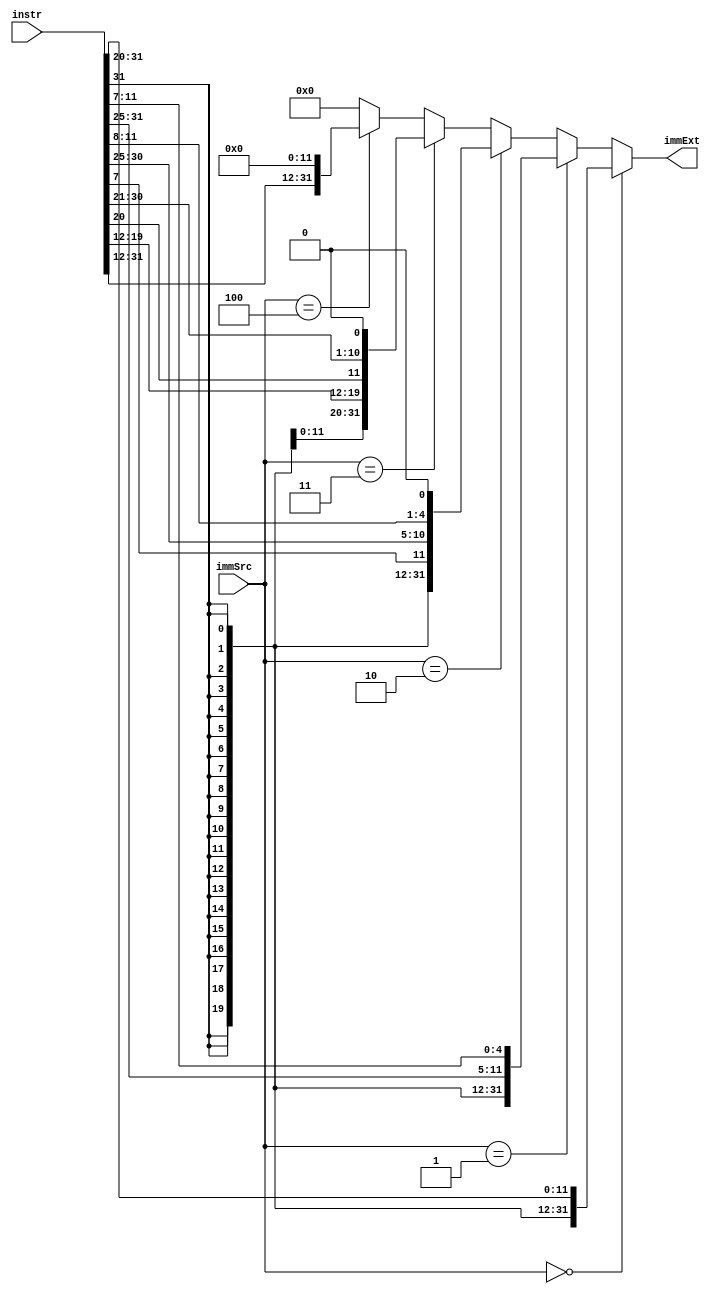
//----------------------------------------------------------------------------------------------------------
// 	
//	ABSTRACT:	Single-Cycle Processor Unit
// 	KEYWORDS:	fpga, basic modulesignal process
// 
// 	MODIFICATION HISTORY:
//	$Log$
//			Biggest_apple 		2023.8.12			create
//													Add:U-tpye
//-----------------------------------------------------------------------------------------------------------
module ext(
	input	[31:0]		instr,
	
	input	[2:0]		immSrc,
	
	output	[31:0]		immExt
);

											//The following combine-logic just copy from Table 7.5
assign immExt =	(immSrc ==3'b000) ?{{20{instr[31]}},instr[31:20]}:									//I-tpye
				(immSrc ==3'b001) ?{{20{instr[31]}},instr[31:25],instr[11:7]}:						//S-type
				(immSrc ==3'b010) ?{{20{instr[31]}},instr[7],instr[30:25],instr[11:8],1'b0}:		//B-type
				(immSrc ==3'b011) ?{{12{instr[31]}},instr[19:12],instr[20],instr[30:21],1'b0}:		//J-type
				(immSrc ==3'b100) ?{instr[31:12],12'b0}:'d0;										//U-type


endmodule